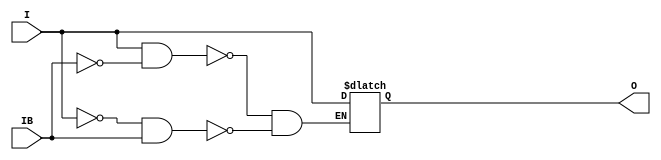
// $Header: /devl/xcs/repo/env/Databases/CAEInterfaces/verunilibs/data/unisims/IBUFGDS_LVDS_25.v,v 1.6 2007/05/23 21:43:34 patrickp Exp $
///////////////////////////////////////////////////////////////////////////////
// Copyright (c) 1995/2004 Xilinx, Inc.
// All Right Reserved.
///////////////////////////////////////////////////////////////////////////////
//   ____  ____
//  /   /\/   /
// /___/  \  /    Vendor : Xilinx
// \   \   \/     Version : 10.1
//  \   \         Description : Xilinx Functional Simulation Library Component
//  /   /                  Differential Signaling Input Clock Buffer with LVDS_25 I/O Standard
// /___/   /\     Filename : IBUFGDS_LVDS_25.v
// \   \  /  \    Timestamp : Thu Mar 25 16:42:25 PST 2004
//  \___\/\___\
//
// Revision:
//    03/23/04 - Initial version.
//    05/23/07 - Changed timescale to 1 ps / 1 ps.

`timescale  1 ps / 1 ps


module IBUFGDS_LVDS_25 (O, I, IB);

    output O;

    input  I, IB;

    reg o_out;

    buf b_0 (O, o_out);

    always @(I or IB) begin
	if (I == 1'b1 && IB == 1'b0)
	    o_out <= I;
	else if (I == 1'b0 && IB == 1'b1)
	    o_out <= I;
    end


endmodule